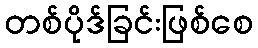
တစ်ပိုဒ်ခြင်းဖြစ်စေ